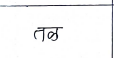
मजकूर: तळ